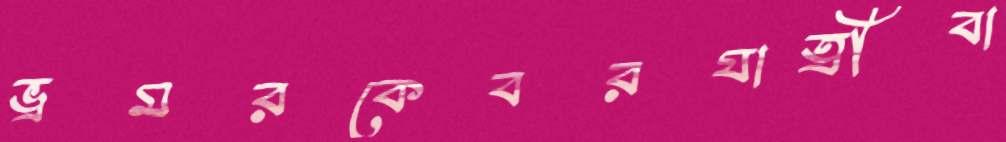
ভ্রমরকেবরযাত্রীবা